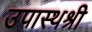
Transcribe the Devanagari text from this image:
उपास्थश्री